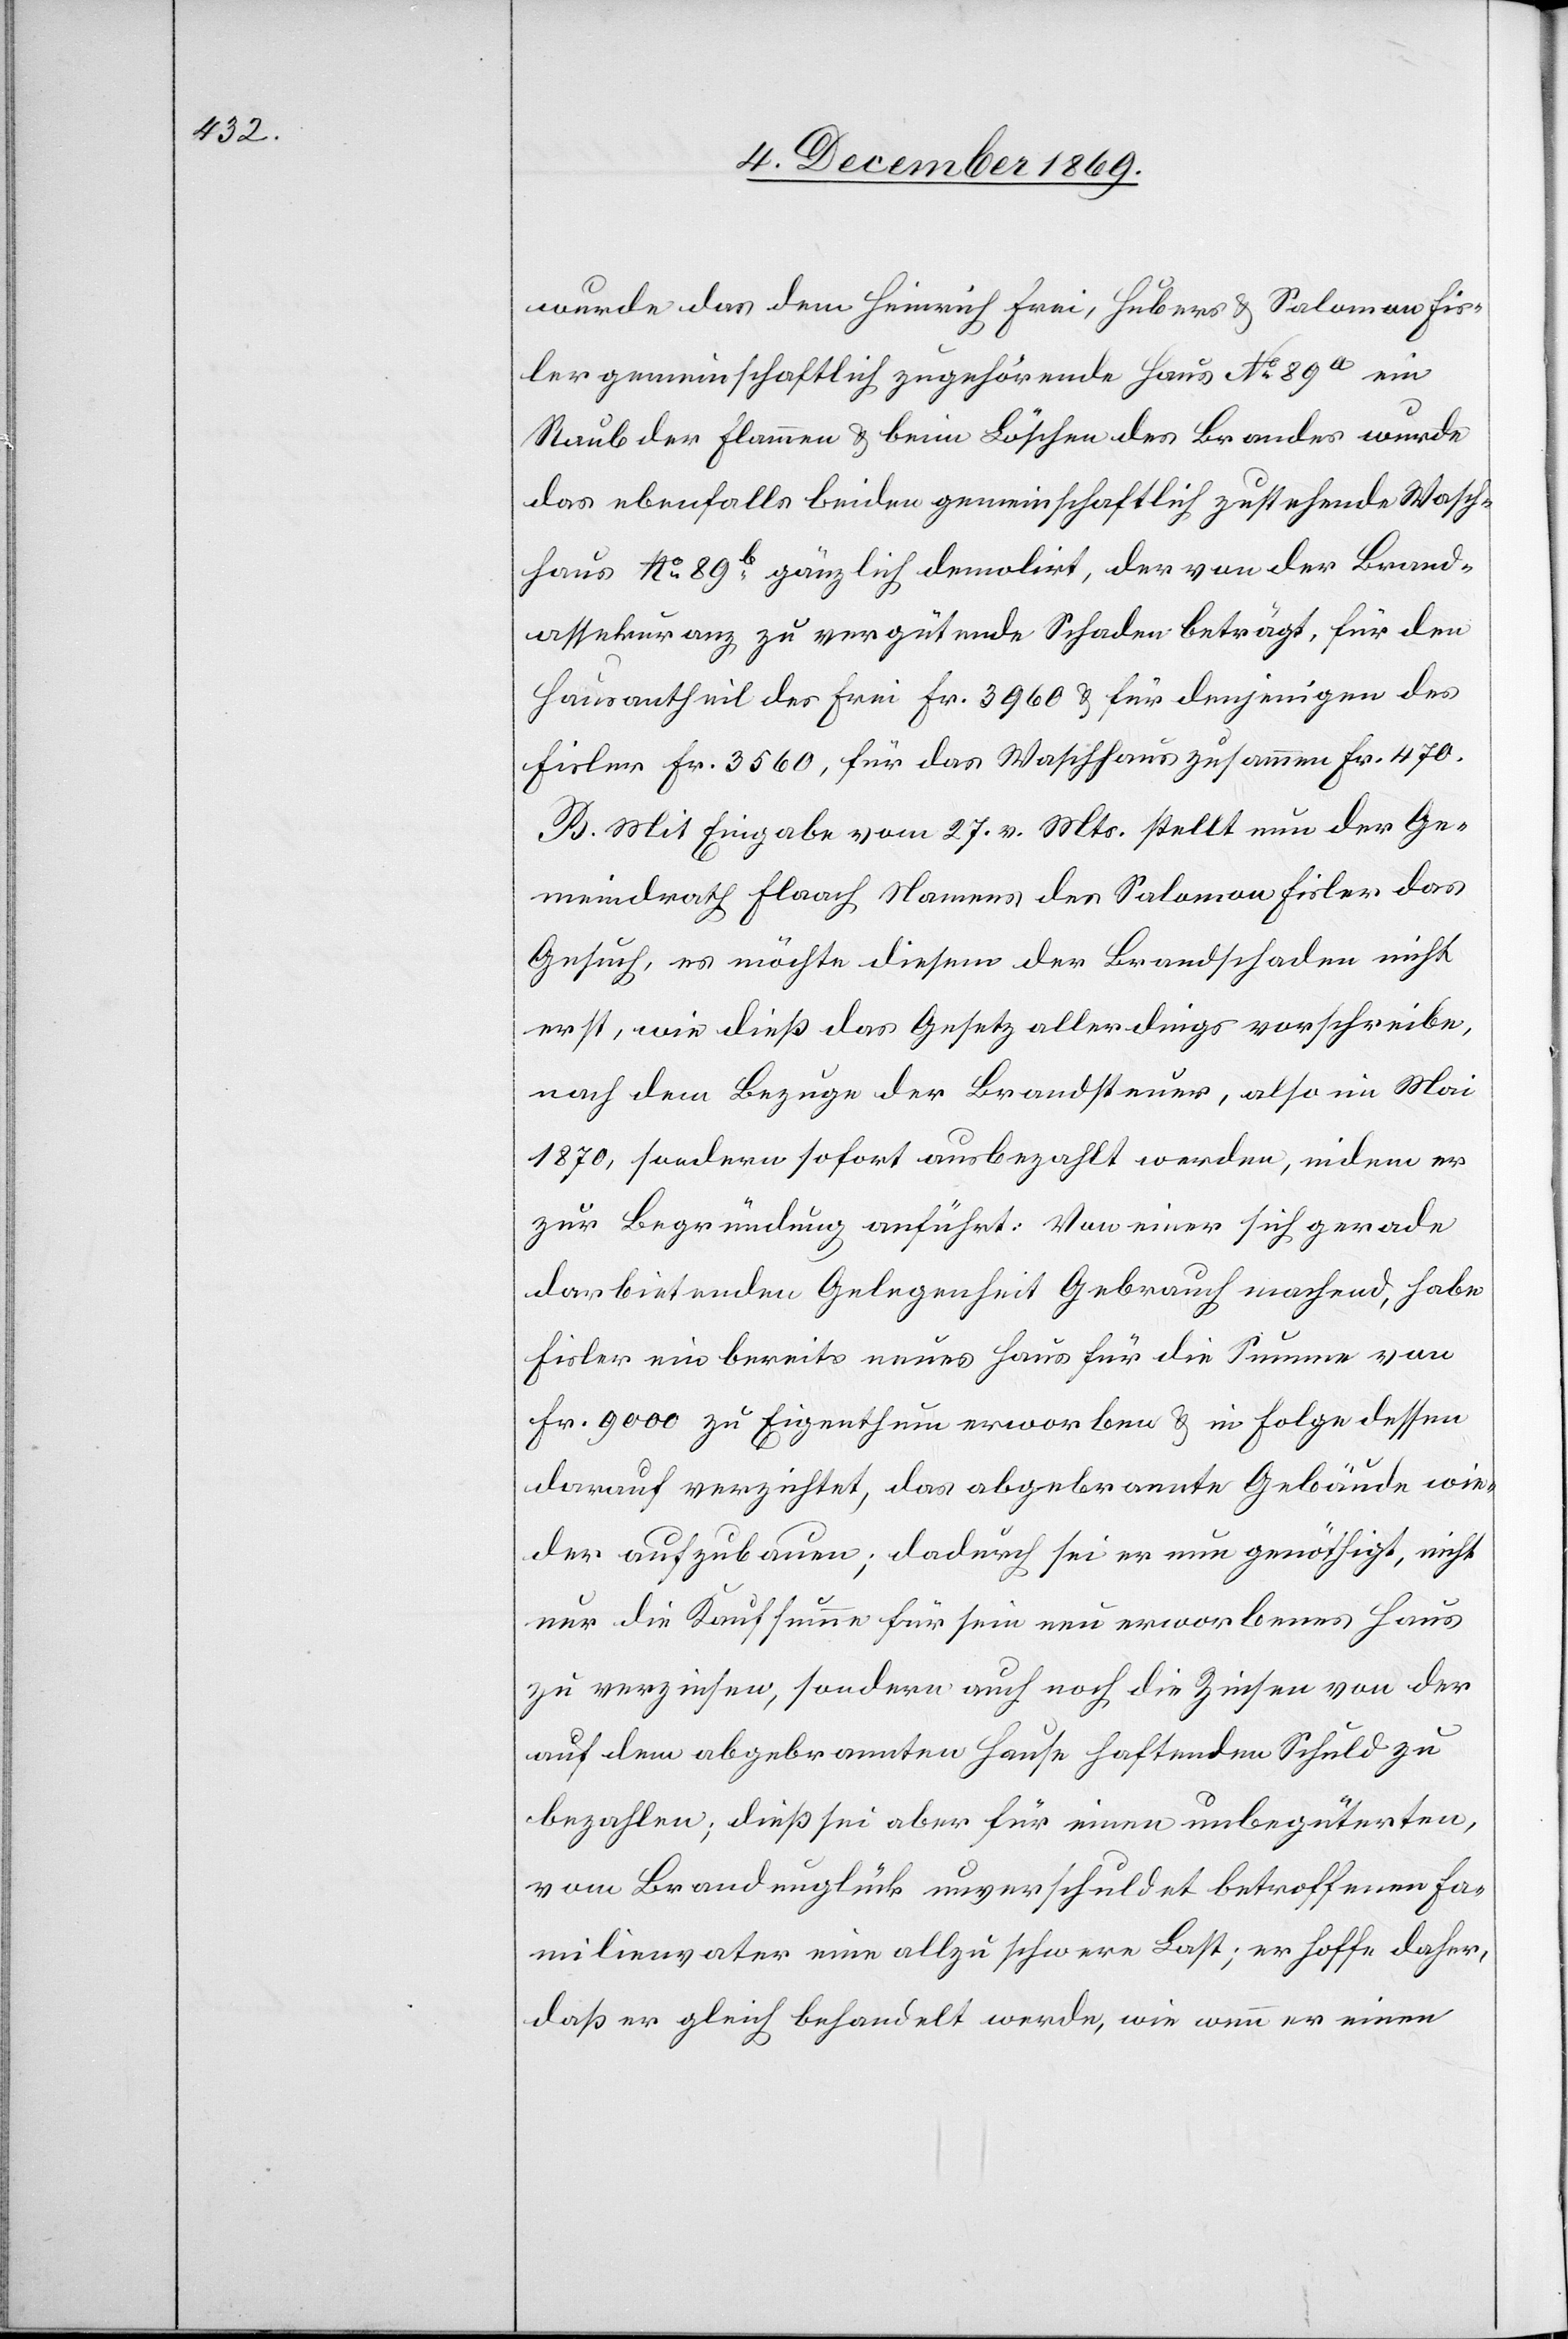
wurde das dem Heinrich Frei, Hubers & Salomon Fis¬
ler gemeinschaftlich zugehörende Haus No 89a ein
Raub der Flammen & beim Löschen des Brandes wurde
das ebenfalls beiden gemeinschaftlich zustehende Wasch¬
haus No 89b gänzlich demolirt, der von der Brand¬
assekuranz zu vergütende Schaden beträgt, für den
Hausantheil des Frei Fr. 3960 & für denjenigen des
Fisler Fr. 3560, für das Waschhaus zusammen Fr. 470.
B. Mit Eingabe vom 27. v. Mts. stellt nun der Ge¬
meindrath Flaach Namens des Salomon Fisler das
Gesuch, es möchte diesem der Brandschaden nicht
erst, wie dieß das Gesetz allerdings vorschreibe,
nach dem Bezuge der Brandsteuer, also im Mai
1870, sondern sofort ausbezahlt werden, indem er
zur Begründung anführt: Von einer sich gerade
darbietenden Gelegenheit Gebrauch machend, habe
Fisler ein bereits neues Haus für die Summe von
Fr. 9000 zu Eigenthum erworben & in Folge dessen
darauf verzichtet, das abgebrannte Gebäude wie¬
der aufzubauen; dadurch sei er nun genöthigt, nicht
nur die Kaufsumme für sein neu erworbenes Haus
zu verzinsen, sondern auch noch die Zinsen von der
auf dem abgebrannten Hause haftenden Schuld zu
bezahlen; dieß sei aber für einen unbegüterten,
vom Brandunglück unverschuldet betroffenen Fa¬
milienvater eine allzu schwere Last; er hoffe daher,
daß er gleich behandelt werde, wie wenn er einen